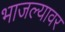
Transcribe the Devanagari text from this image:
भाजल्यावर